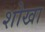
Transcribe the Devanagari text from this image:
शोखा